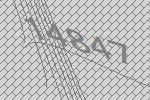
14847